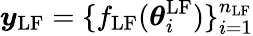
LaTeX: \boldsymbol{y}_{\mathrm{LF}}=\{ f_{\mathrm{LF}}(\boldsymbol{\theta}_{i}^{\mathrm{LF}})\} _{i=1}^{n_{\mathrm{LF}}}